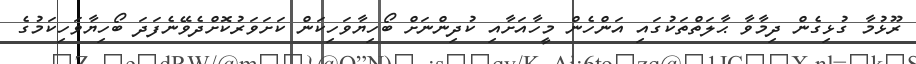
ރޫޅުމާ ގުޅިގެން ދިމާވާ ޙާލަތްތަކުގައި އަންހެން މީހާއަށާއި ކުދިންނަށް ބޯހިޔާވަހިކަން ކަށަވަރުކޮށްދެވޭނެފަދަ ބޯހިޔާވަހިކަމުގެ